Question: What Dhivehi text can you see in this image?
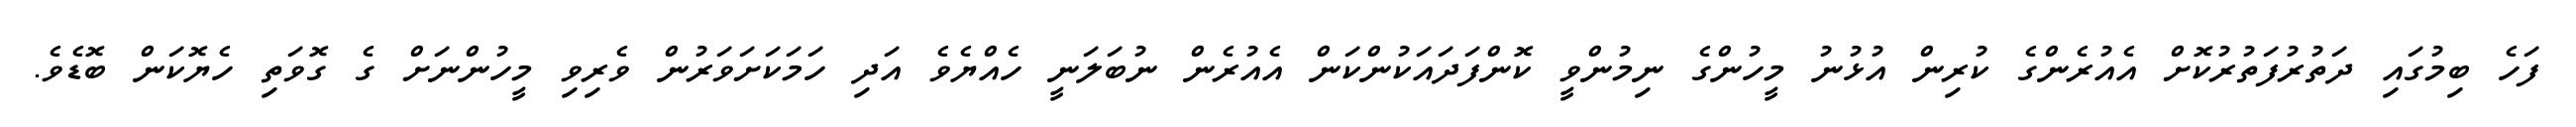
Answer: ފަހެ ބިމުގައި ދަތުރުފަތުރުކޮށް އެއުރެންގެ ކުރިން އުޅުނު މީހުންގެ ނިމުންވީ ކޮންފަދައަކުންކަން އެއުރެން ނުބަލަނީ ހެއްޔެވެ އަދި ހަމަކަށަވަރުން ވެރިވި މީހުންނަށް ގެ ގޮވަތި ހެޔޮކަން ބޮޑެވެ.